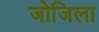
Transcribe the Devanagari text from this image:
जोजिला